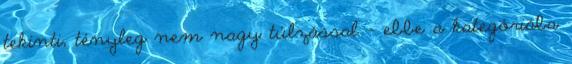
tekinti, tényleg nem nagy túlzással - ebbe a kategóriába